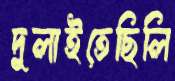
দুলাইতেছিলি